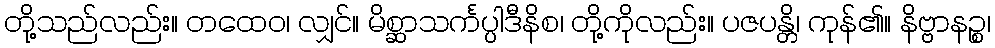
တို့သည်လည်း။ တထေဝ၊ လျှင်။ မိစ္ဆာသင်္ကပ္ပါဒီနိစ၊ တို့ကိုလည်း။ ပဇပန္တိ၊ ကုန်၏။ နိဗ္ဗာနဉ္စ၊